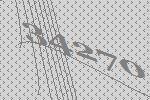
34270